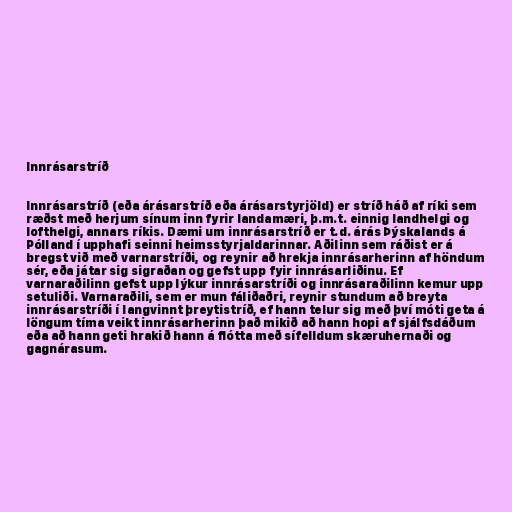
Innrásarstríð

Innrásarstríð (eða árásarstríð eða árásarstyrjöld) er stríð háð af ríki sem
ræðst með herjum sínum inn fyrir landamæri, þ.m.t. einnig landhelgi og
lofthelgi, annars ríkis. Dæmi um innrásarstríð er t.d. árás Þýskalands á
Pólland í upphafi seinni heimsstyrjaldarinnar. Aðilinn sem ráðist er á
bregst við með varnarstríði, og reynir að hrekja innrásarherinn af höndum
sér, eða játar sig sigraðan og gefst upp fyir innrásarliðinu. Ef
varnaraðilinn gefst upp lýkur innrásarstríði og innrásaraðilinn kemur upp
setuliði. Varnaraðili, sem er mun fáliðaðri, reynir stundum að breyta
innrásarstríði í langvinnt þreytistríð, ef hann telur sig með því móti geta á
löngum tíma veikt innrásarherinn það mikið að hann hopi af sjálfsdáðum
eða að hann geti hrakið hann á flótta með sífelldum skæruhernaði og
gagnárasum.